Mental hospitals Bombay report 1929-33 - 1929-1933
Year: 1929
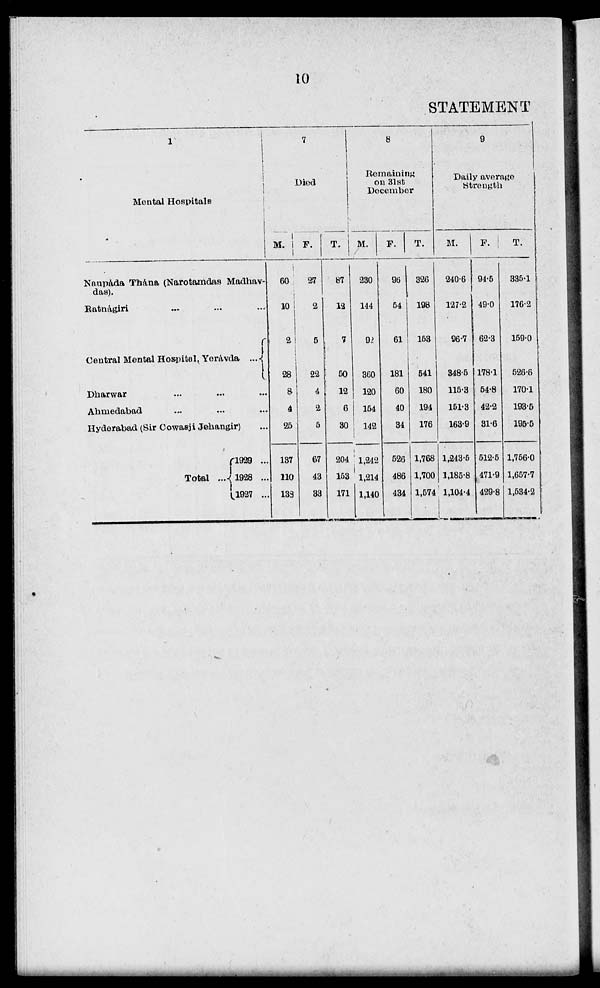
10
STATEMENT
1
Mental Hospitals.
Naupáda Thána (Narotamdas Madhav-
das).
Ratnágiri ... ... ...
Central Mental Hospital, Yeravda ...
Dharwar ... ... ...
Ahmedabad ... ... ...
Hyderabad (Sir Cowasji Jehangir) ...
Total ...
1929 ...
1928 ...
1927 ...
7
Died
M.
60
20
2
28
8
4
25
137
110
138
F.
27
2
5
22
4
2
5
67
43
33
T.
87
12
7
50
12
6
30
204
153
171
8
Remaining
on 31st
December
M.
230
144
92
360
120
154
142
1,242
1,214
1,140
F.
96
54
61
181
60
40
34
526
486
434
T.
326
198
153
541
180
194
176
1,768
1,700
1,574
9
Daily average
Strength
M.
240.6
127.2
96.7
348.5
115.3
151.3
163.9
1,243.5
1,185.8
1,104.4
F.
94.5
49.0
62.3
178.1
54.8
42.2
31.6
512.5
471.9
429.8
T.
335.1
176.2
159.0
526.6
170.1
193.5
195.5
1,756.0
1,657.7
1,534.2